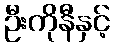
ဦးကိုနီနှင့်